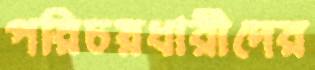
পরিচয়ধারীদের